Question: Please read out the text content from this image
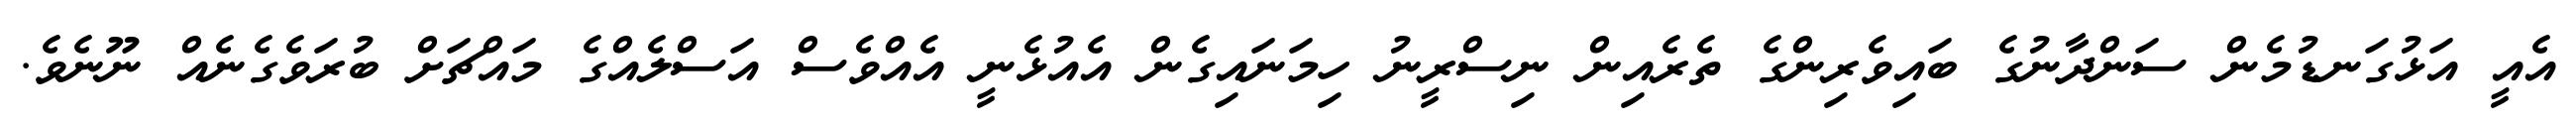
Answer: އެއީ އަޅުގަނޑުމެން ސަންދާނުގެ ބައިވެރިންގެ ތެރެއިން ނިސްރީނު ހިމަނައިގެން އެއުޅެނީ އެއްވެސް އަސްލެއްގެ މައްޗަށް ބުރަވެގެނެއް ނޫނެވެ.